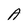
Character: A